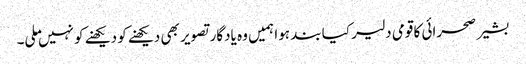
بشیر صحرائی کا قومی دلیر کیا بند ہوا ہمیں وہ یادگار تصویر بھی دیکھنے کو دیکھنے کو نہیں ملی۔